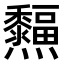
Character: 𤓜